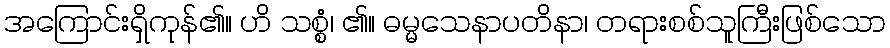
အကြောင်းရှိကုန်၏။ ဟိ သစ္စံ၊ ၏။ ဓမ္မသေနာပတိနာ၊ တရားစစ်သူကြီးဖြစ်သော